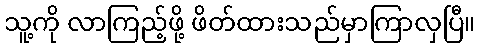
သူ့ကို လာကြည့်ဖို့ ဖိတ်ထားသည်မှာကြာလှပြီ။